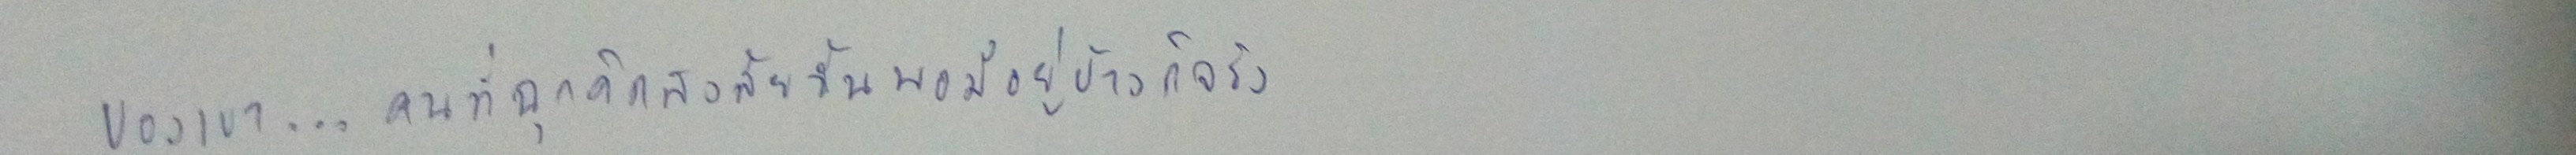
ของเขา...คนที่ฉุกคิดสงสัยนั้นพอมีอยู่บ้างก็จริง